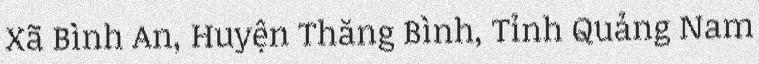
Xã Bình An, Huyện Thăng Bình, Tỉnh Quảng Nam